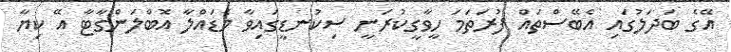
އޭގެ ބަދަލުގައި އެބޭސްތައް ފުރަތަމަ ހީވާގީކުރަނީ ސިކުނޑީގައިވާ މެޑައްލާ އޮބްލަންގާޓާ އޭ ކިޔާ